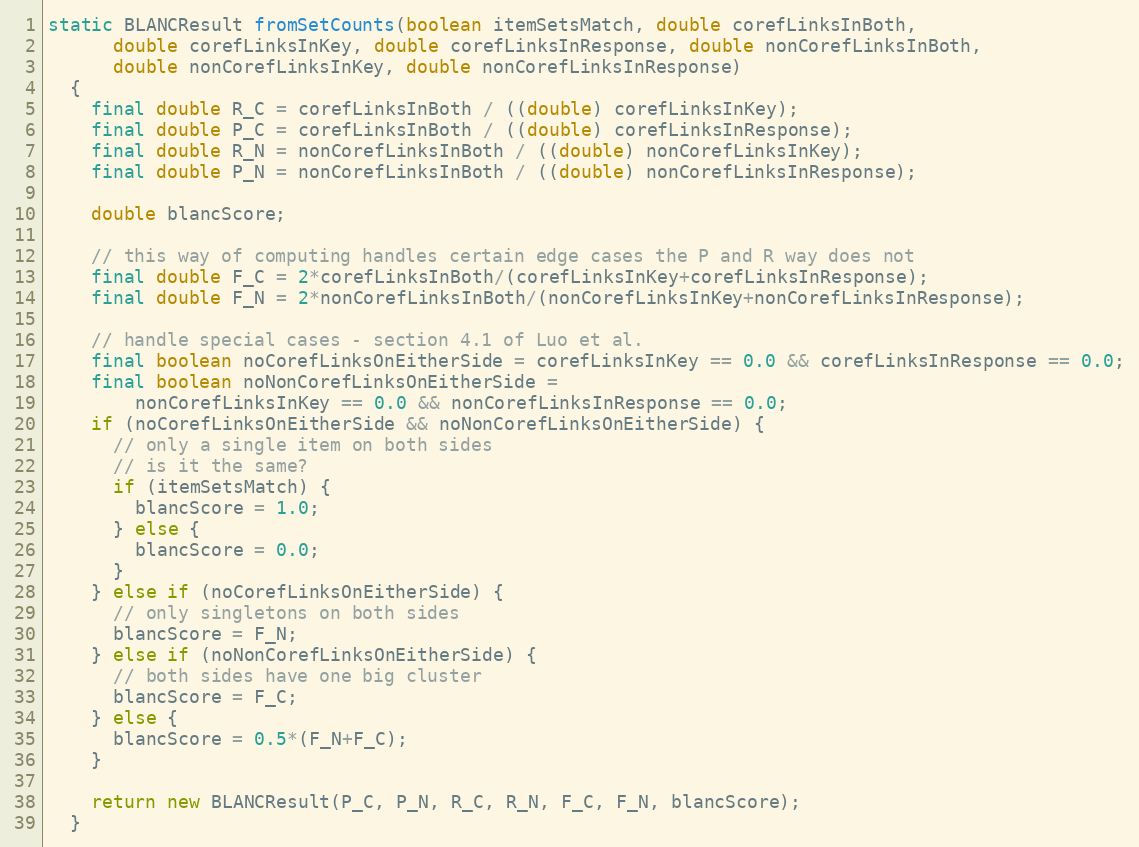
Language: Java
static BLANCResult fromSetCounts(boolean itemSetsMatch, double corefLinksInBoth,
      double corefLinksInKey, double corefLinksInResponse, double nonCorefLinksInBoth,
      double nonCorefLinksInKey, double nonCorefLinksInResponse)
  {
    final double R_C = corefLinksInBoth / ((double) corefLinksInKey);
    final double P_C = corefLinksInBoth / ((double) corefLinksInResponse);
    final double R_N = nonCorefLinksInBoth / ((double) nonCorefLinksInKey);
    final double P_N = nonCorefLinksInBoth / ((double) nonCorefLinksInResponse);

    double blancScore;

    // this way of computing handles certain edge cases the P and R way does not
    final double F_C = 2*corefLinksInBoth/(corefLinksInKey+corefLinksInResponse);
    final double F_N = 2*nonCorefLinksInBoth/(nonCorefLinksInKey+nonCorefLinksInResponse);

    // handle special cases - section 4.1 of Luo et al.
    final boolean noCorefLinksOnEitherSide = corefLinksInKey == 0.0 && corefLinksInResponse == 0.0;
    final boolean noNonCorefLinksOnEitherSide =
        nonCorefLinksInKey == 0.0 && nonCorefLinksInResponse == 0.0;
    if (noCorefLinksOnEitherSide && noNonCorefLinksOnEitherSide) {
      // only a single item on both sides
      // is it the same?
      if (itemSetsMatch) {
        blancScore = 1.0;
      } else {
        blancScore = 0.0;
      }
    } else if (noCorefLinksOnEitherSide) {
      // only singletons on both sides
      blancScore = F_N;
    } else if (noNonCorefLinksOnEitherSide) {
      // both sides have one big cluster
      blancScore = F_C;
    } else {
      blancScore = 0.5*(F_N+F_C);
    }

    return new BLANCResult(P_C, P_N, R_C, R_N, F_C, F_N, blancScore);
  }